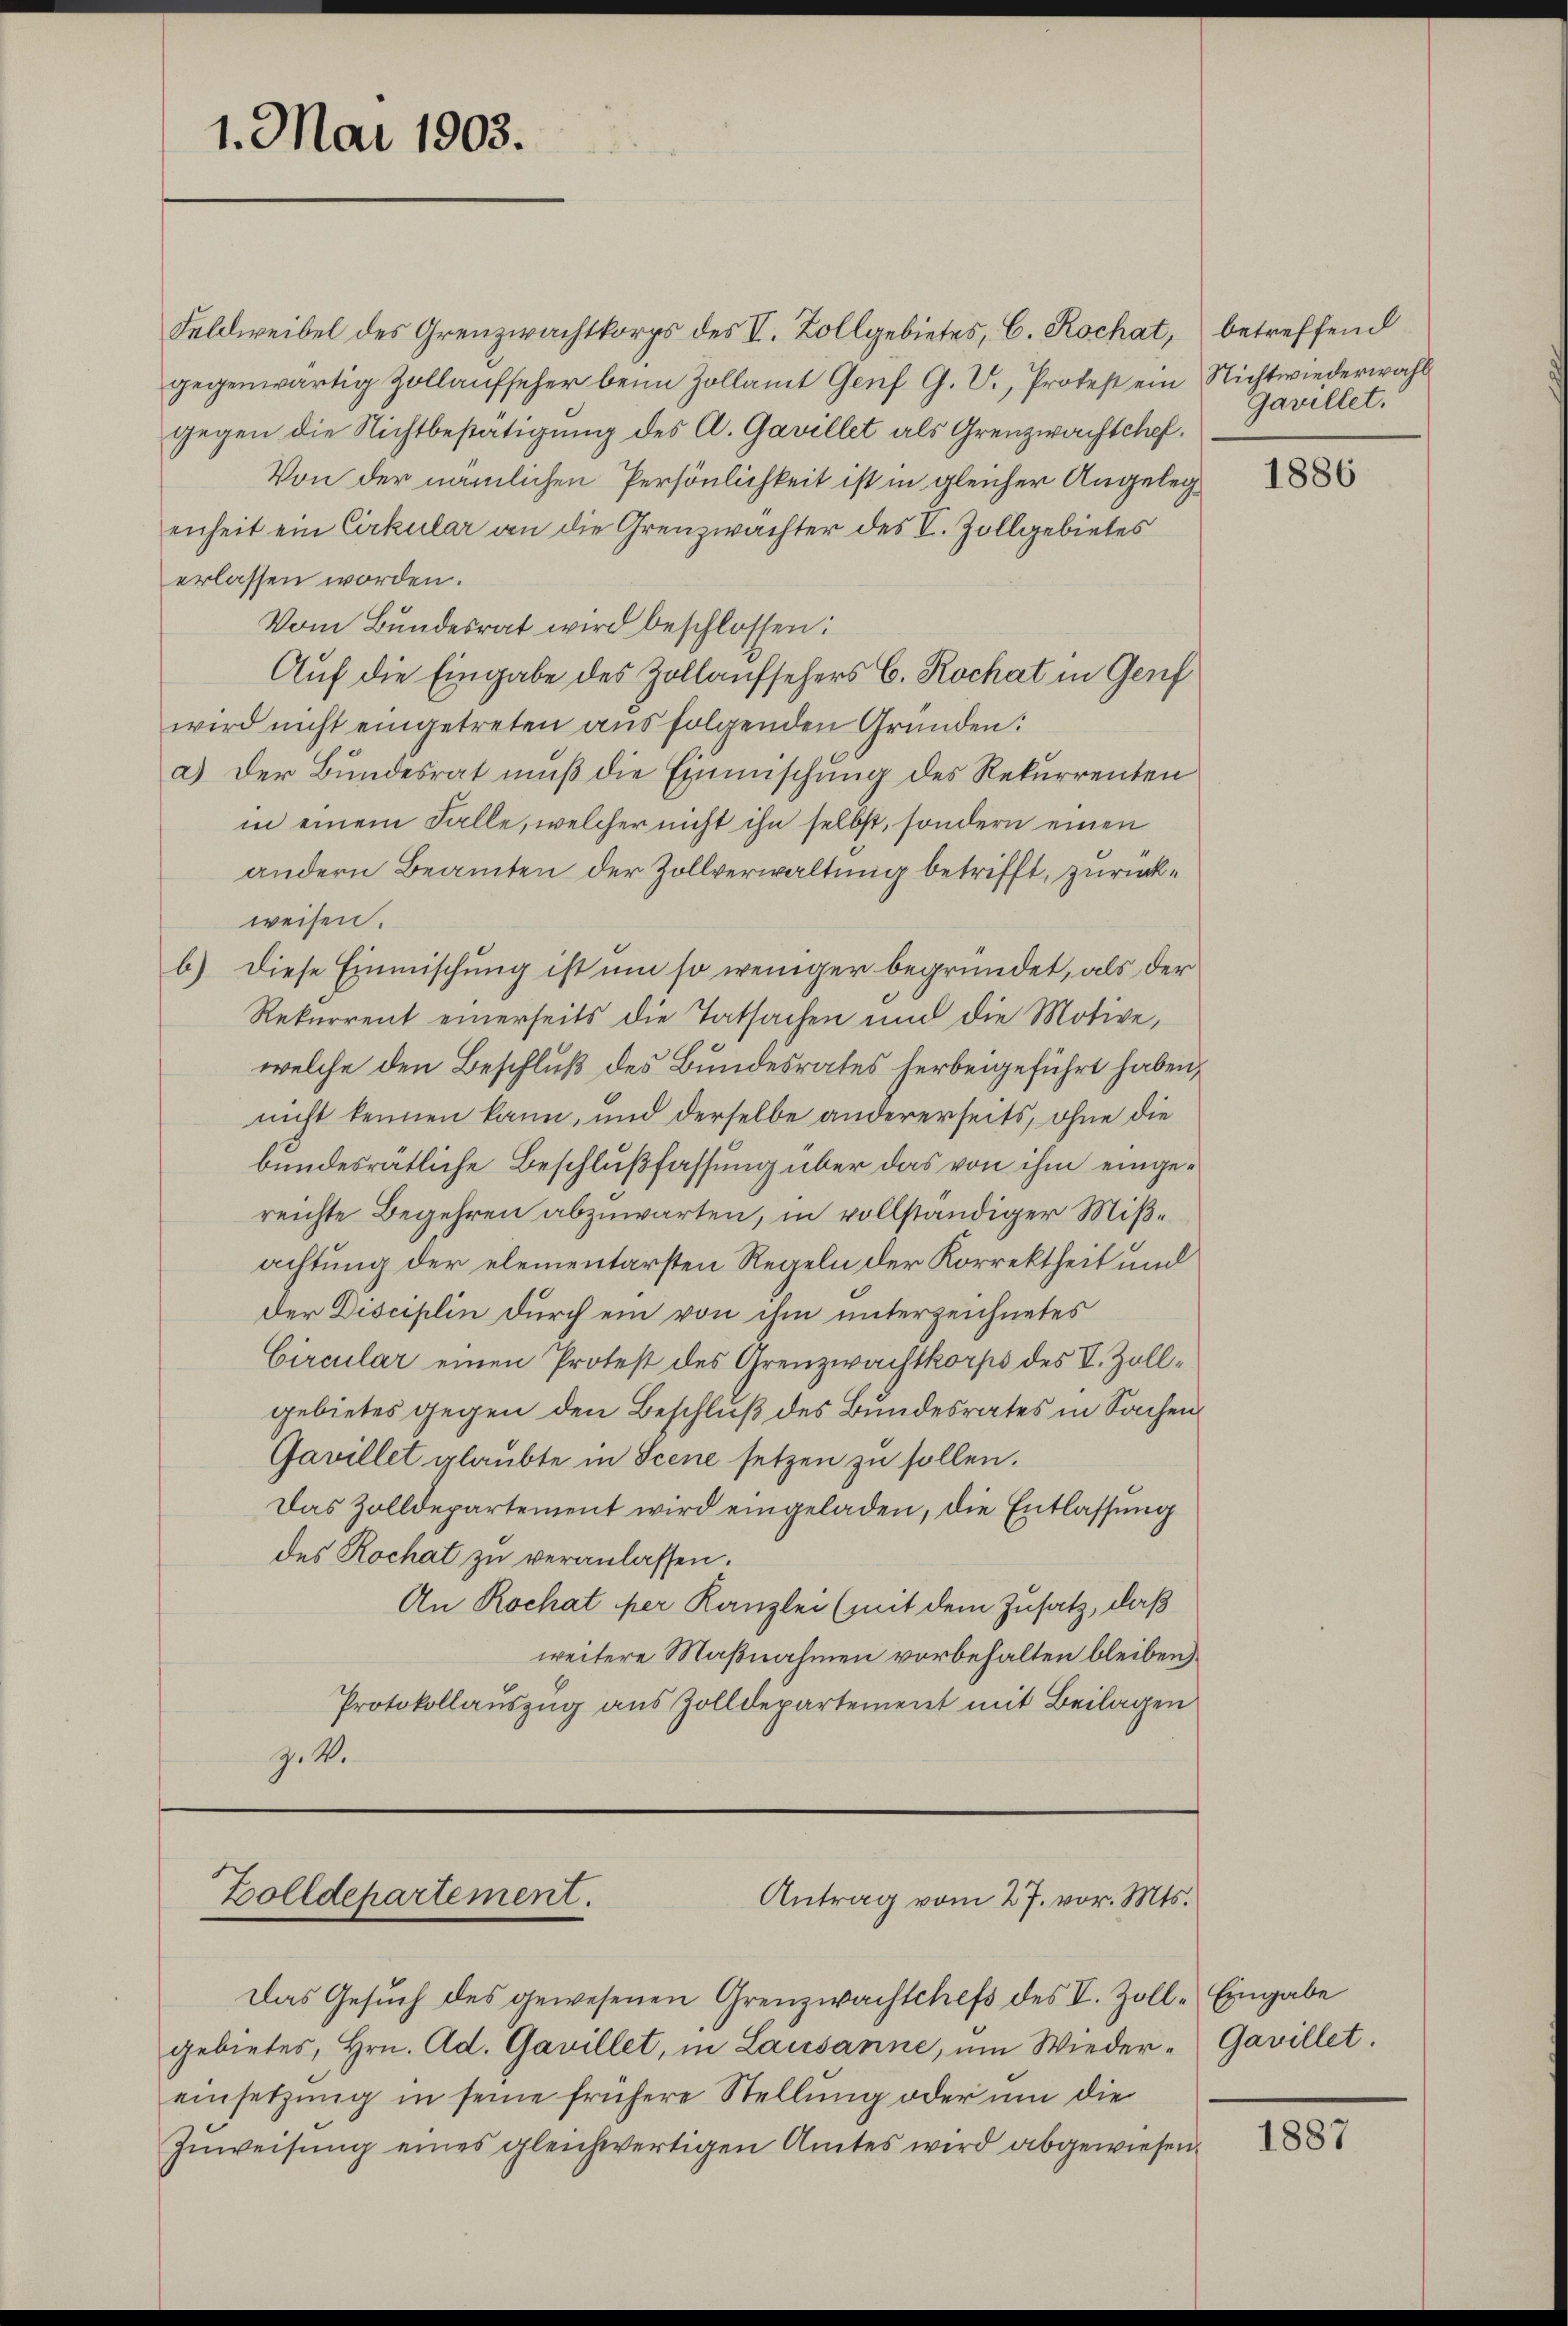
1. Mai 1903.

Feldweibel des Grenzwachtkorps des V. Zollgebietes, C. Rochat, betreffend
gegenwärtig Zollaufseher beim Zollamt Genf G. V., Protest ein Nichtwiederwahl
gegen die Nichtbestätigung des A. Gavillet als Grenzwachtchef.
Von der nämlichen Persönlichkeit ist in gleicher Angelegenheit ein Cirkular an die Grenzwächter des V. Zollgebietes
erlassen worden.
Vom Bundesrat wird beschlossen:
Auf die Eingabe des Zollaufsehers C. Rochat in Genf
wird nicht eingetreten ausfolgenden Gründen:
a.) Der Bundesrat muß die Einmischung des Rekurrenten
in einem Falle, welcher nicht ihn selbst, sondern einen
andern Beamten der Zollverwaltung betrifft, zurückweisen.
b) Diese Einmischung ist um so weniger begründet, als der
Rekurrent einerseits die Tatsachen und die Motive,
welche den Beschluß des Bundesrates herbeigeführt haben,
nicht kennen kann, und derselbe andererseits, ohne die
bundesrätliche Beschlußfassung über das von ihm eingereichte Begehren abzuwarten, in vollständiger Mißachtung der elementarsten Regeln der Korrektheit und
der Disciplin durch ein von ihm unterzeichnetes
Circular einen Protest des Grenzwachtkorps des V. Zollgebietes gegen den Beschluß des Bundesrates in Sachen
Gavillet glaubte in Scene setzen zu sollen.
Das Zolldepartement wird eingeladen, die Entlassung
des Rochat zu veranlassen.
An Rochat per Kanzlei (mit dem Zusatz, daß
weitere Maßnahmen vorbehalten bleiben
Protokollauszug aus Zolldepartement mit Beilagen
Z. 4.

Zolldepartement.
Antrag vom 27. vor. Mts.

Das Gesŭch des gewesenen Grenzwachschefs des V. Zoll-Eingabe
gebietes, Hrn. Ad. Gavillet, in Lausanne, um Wieder-Gavillet.
einsetzung in seine frühere Stellung oder um die
Zuweisung eines gleichwertigen Amtes wird abgewiesen.

Gavillet.

1886

1887